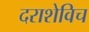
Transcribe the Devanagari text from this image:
दराशेविच